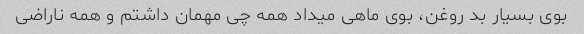
بوی بسیار بد روغن، بوی ماهی میداد همه چی مهمان داشتم و همه ناراضی